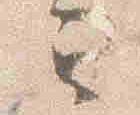
云